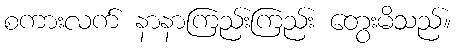
စကားလက် နာနာကြည်းကြည်း တွေးမိသည်။